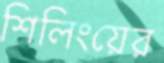
শিলিংয়ের